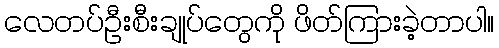
လေတပ်ဦးစီးချုပ်တွေကို ဖိတ်ကြားခဲ့တာပါ။